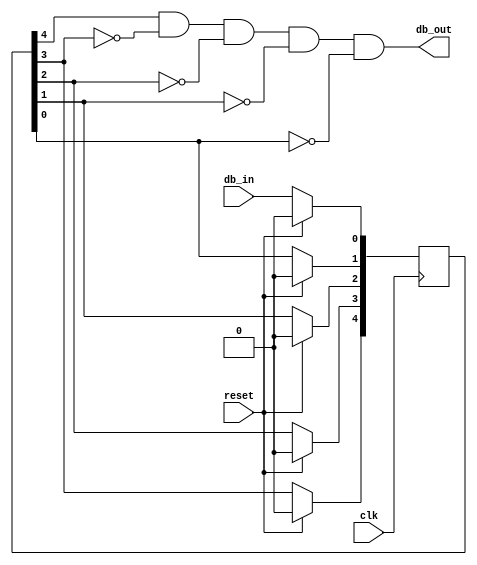
module debounce (
	input clk,
	input reset,
	input db_in, 
	output db_out	
	);

	reg [4:0] db_q;

	always@ (posedge clk) begin
		if(reset) begin
			db_q <= 5'b0;
		end
		else begin
			db_q[0] 		<= db_in;
			db_q[1] 		<= db_q[0];
			db_q[2] 		<= db_q[1];
			db_q[3] 		<= db_q[2];
			db_q[4] 		<= db_q[3];
		end
	end

	assign db_out = (db_q[4] && (!db_q[3]) && (!db_q[2]) && (!db_q[1]) && (!db_q[0]));

endmodule